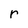
Character: r